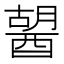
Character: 𨡷